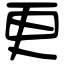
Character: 更